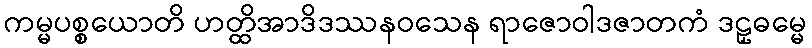
ကမ္မပစ္စယောတိ ဟတ္ထိအာဒိဒဿနဝသေန ရာဇောဝါဒဇာတကံ ဒဠှဓမ္မေ